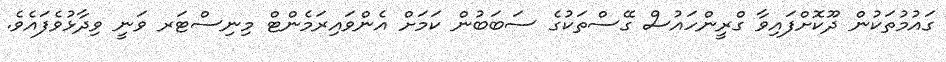
ގައުމުތަކުން ދޫކޮށްފައިވާ ގްރީންހައުސް ގޭސްތަކުގެ ސަބަބުން ކަމަށް އެންވައިރަމެންޓް މިނިސްޓަރ ވަނީ ވިދާޅުވެފައެވެ.